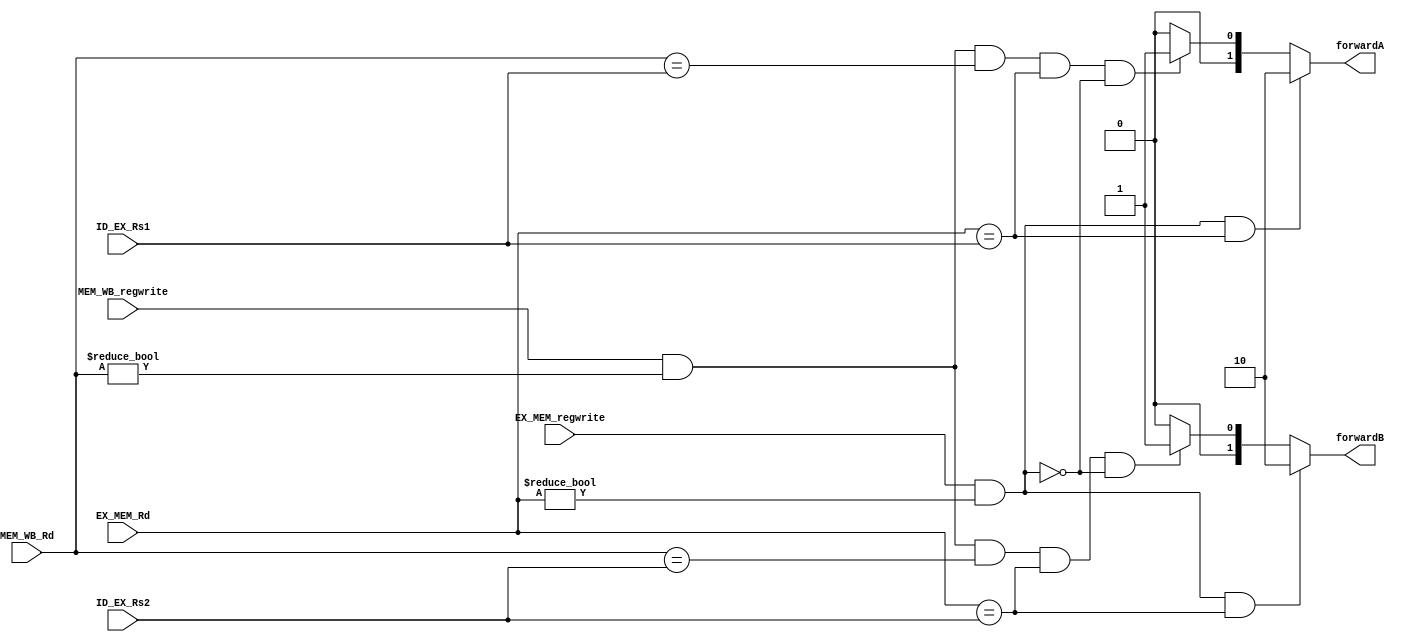
module forwarding_unit(
input [4:0]ID_EX_Rs1, 
input [4:0]ID_EX_Rs2,
input [4:0]EX_MEM_Rd,
input [4:0] MEM_WB_Rd,
input EX_MEM_regwrite,
input MEM_WB_regwrite,
output reg[1:0]forwardA,
output reg [1:0]forwardB);

always @(*) begin

	forwardA = 2'b00;
	forwardB = 2'b00;

	if(MEM_WB_regwrite && (MEM_WB_Rd !=0) && (MEM_WB_Rd == ID_EX_Rs1) && (EX_MEM_Rd == ID_EX_Rs1) && !(EX_MEM_regwrite!=0 && EX_MEM_Rd !=0))
		forwardA = 2'b01;

	if(MEM_WB_regwrite &&( MEM_WB_Rd !=0) && (MEM_WB_Rd == ID_EX_Rs2) && (EX_MEM_Rd == ID_EX_Rs2) && !(EX_MEM_regwrite!=0 && EX_MEM_Rd !=0))
		forwardB = 2'b01;

	if(EX_MEM_regwrite &&( EX_MEM_Rd !=0) && (EX_MEM_Rd == ID_EX_Rs1))
		forwardA = 2'b10;

	if(EX_MEM_regwrite && (EX_MEM_Rd !=0) && (EX_MEM_Rd == ID_EX_Rs2))
		forwardB = 2'b10;

end
endmodule